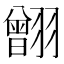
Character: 䎖